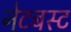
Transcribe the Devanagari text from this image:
नेटबस्ट